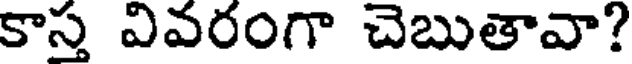
కాస్త వివరంగా చెబుతావా?